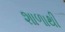
શાળાથી